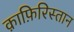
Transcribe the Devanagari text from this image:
क़ाफ़िरिस्तान